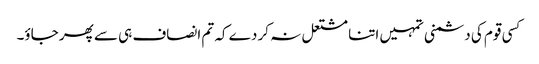
کسی قوم کی دشمنی تمہیں اتنا مشتعل نہ کر دے کہ تم انصاف ہی سے پھر جاؤ۔